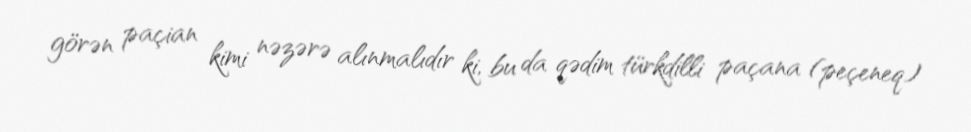
görən paçian kimi nəzərə alınmalıdır ki, bu da qədim türkdilli paçana (peçeneq)